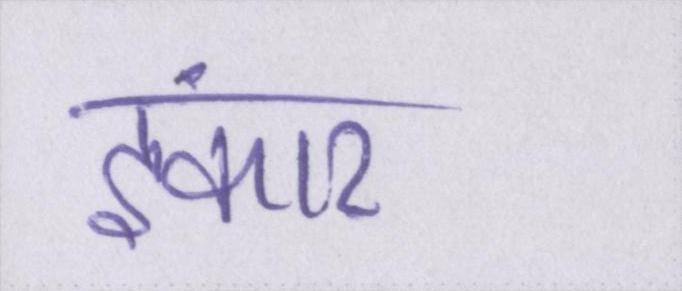
इंकार